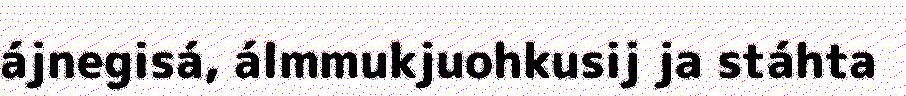
ájnegisá, álmmukjuohkusij ja stáhta